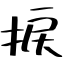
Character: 捩